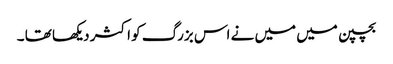
بچپن میں میں نے اس بزرگ کو اکثر دیکھا تھا ۔